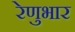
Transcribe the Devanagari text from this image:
रेणुभार